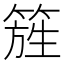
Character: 𥰁